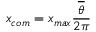
x _ { c o m } = x _ { m a x } { \frac { \overline { { \theta } } } { 2 \pi } }